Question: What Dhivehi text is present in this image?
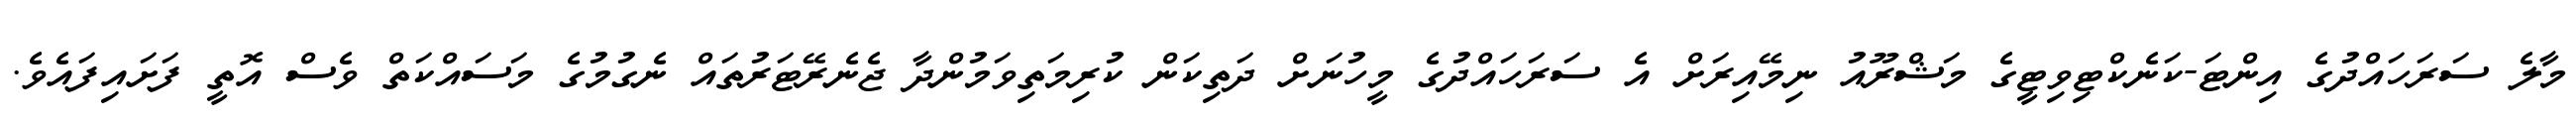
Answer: މާލެ ސަރަހައްދުގެ އިންޓަ-ކަނެކްޓިވިޓީގެ މަޝްރޫއު ނިމޭއިރަށް އެ ސަރަހައްދުގެ މީހުނަށް ދަތިކަން ކުރިމަތިވަމުންދާ ޖެނެރޭޓަރުތައް ނެގުމުގެ މަސައްކަތް ވެސް އޮތީ ފަށައިފައެވެ.